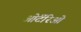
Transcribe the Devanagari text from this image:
ओंटॅरिओ